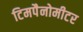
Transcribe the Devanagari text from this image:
टिमपैनोमीटर